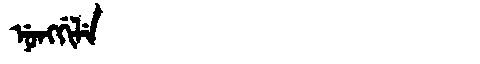
Manchu: ᠨᡠᠩᡤᡳᠯᡝ
Romanization: NUNGGILE